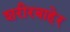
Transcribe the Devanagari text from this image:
शरीरबाहेर